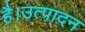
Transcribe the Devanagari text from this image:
है।उत्पादन